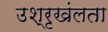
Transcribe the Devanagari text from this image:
उश्रृखंलता